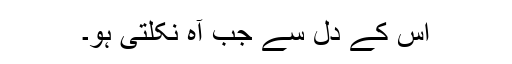
اس کے دل سے جب آہ نکلتی ہو۔